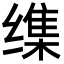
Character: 𦈜